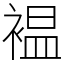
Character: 褞